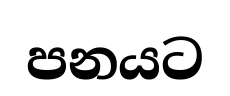
පනයට